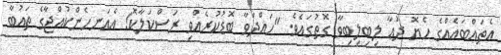
އެތައްބައެއްގެ ހެޔޮ ދުޢާ ލިބިލިބިވާ ގޮތުގައެވެ. "ހައްދަވާ ބޮޑުކުރެއްވި ރަސްކަލާކޮ! އެއަނހެންކުއްޖާގެ ތައުބާ